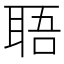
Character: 䎸